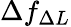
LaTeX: \Delta f_{\Delta L}